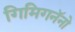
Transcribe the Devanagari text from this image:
गिमिगनॅनो